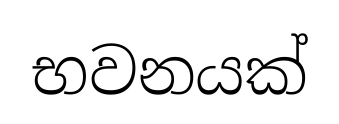
භවනයක්